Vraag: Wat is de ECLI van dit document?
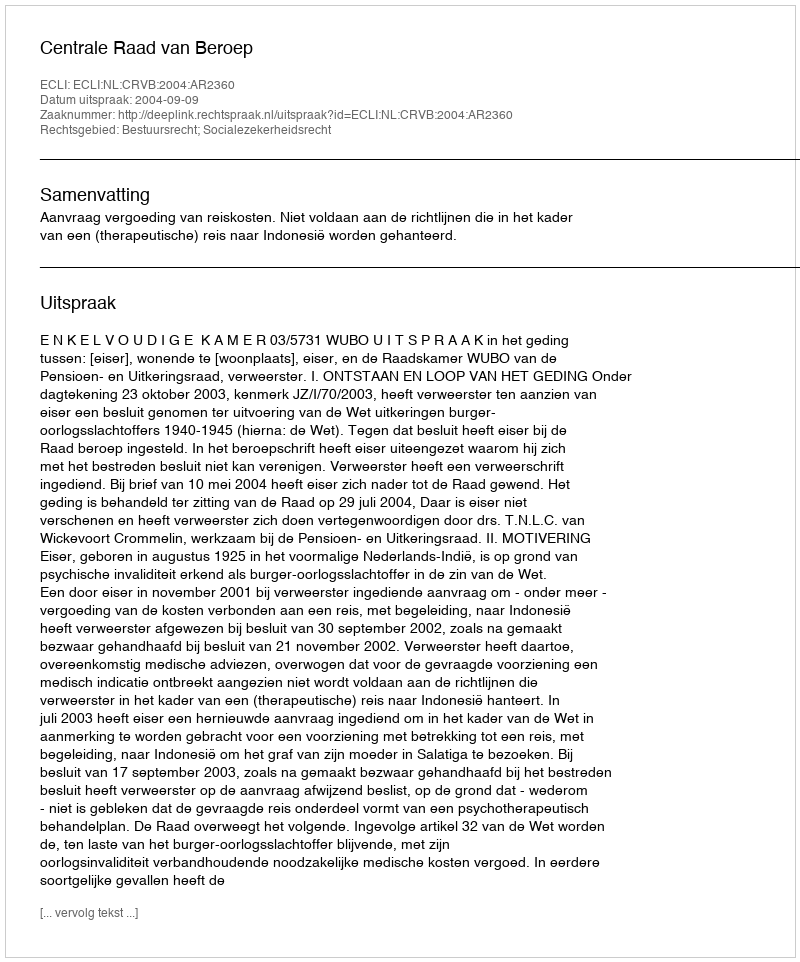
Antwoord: ECLI:NL:CRVB:2004:AR2360